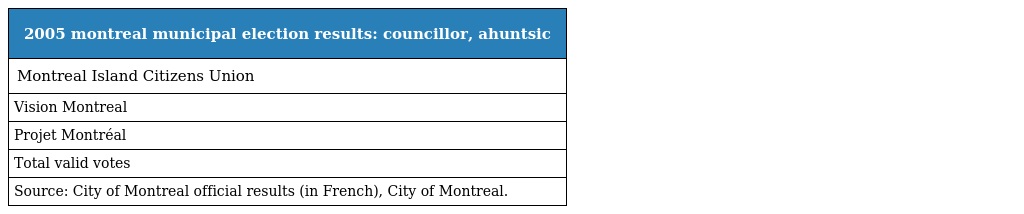
| 2005 montreal municipal election results: councillor, ahuntsic |
 | --- |
 | Montreal Island Citizens Union |
 | Vision Montreal |
 | Projet Montréal |
 | Total valid votes |
 | Source: City of Montreal official results (in French), City of Montreal. |